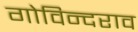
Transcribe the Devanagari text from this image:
गोविन्दराव